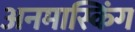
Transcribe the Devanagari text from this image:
अनमास्किंग